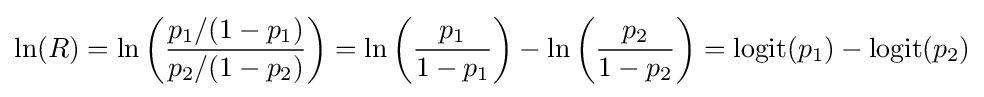
\ln(R)=\ln \left({\frac {p_{1}/(1-p_{1})}{p_{2}/(1-p_{2})}}\right)=\ln \left({\frac {p_{1}}{1-p_{1}}}\right)-\ln \left({\frac {p_{2}}{1-p_{2}}}\right)=\operatorname {logit} (p_{1})-\operatorname {logit} (p_{2})